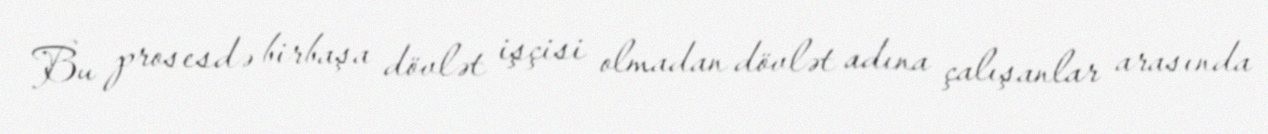
Bu prosesdə birbaşa dövlət işçisi olmadan dövlət adına çalışanlar arasında